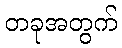
တခုအတွက်